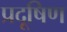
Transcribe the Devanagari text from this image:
प्रदूषिण